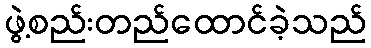
ဖွဲ့စည်းတည်ထောင်ခဲ့သည်